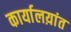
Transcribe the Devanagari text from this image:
कार्यालय़ांत